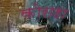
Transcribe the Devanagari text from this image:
कोराहा